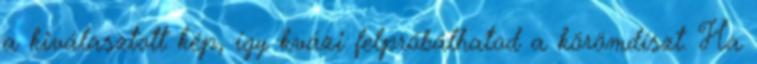
a kiválasztott kép, így kvázi felpróbálhatod a körömdíszt. Ha